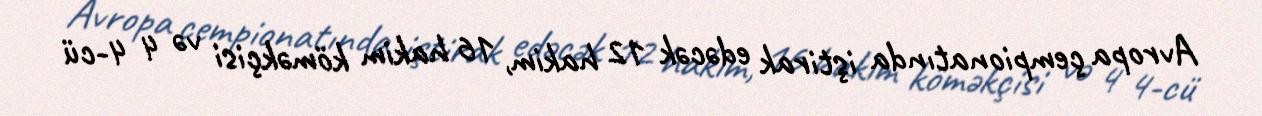
Avropa çempionatında iştirak edəcək 12 hakim, 16 hakim köməkçisi və 4 4-cü